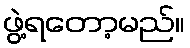
ဖွဲ့ရတော့မည်။